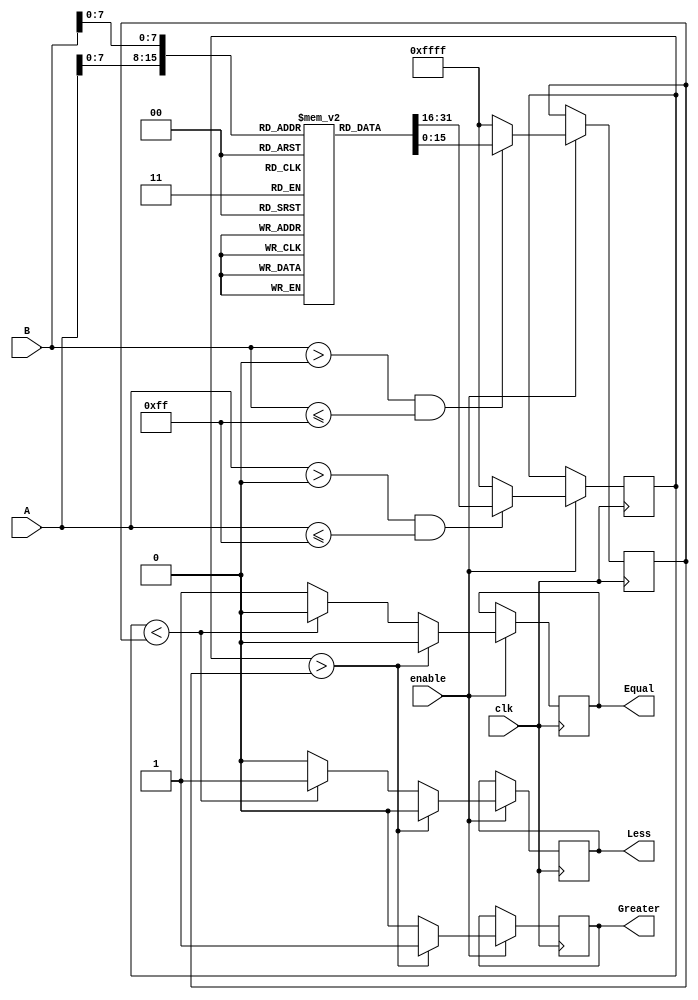
module LogarithmicComparator (
    input wire [15:0] A,       // 16-bit input A
    input wire [15:0] B,       // 16-bit input B
    input wire clk,            // Clock signal
    input wire enable,         // Enable signal for comparator
    output reg Greater,        // Output: A > B
    output reg Less,           // Output: A < B
    output reg Equal           // Output: A == B
);

// Logarithm lookup table (for demonstration purposes)
reg [15:0] log_table [0:255]; // Assume input values range from 0 to 255

initial begin
    // Initialize the log_table with logarithm values (base 2 for example)
    // This should be pre-computed or calculated
    // log_table[0] = undefined (or some error value)
    // Fill in values for log_table[1] to log_table[255]
    // For example:
    log_table[1] = 16'd0;  // log2(1) = 0
    log_table[2] = 16'd1;  // log2(2) = 1
    // ... Fill in other values ...
    log_table[255] = 16'd8; // log2(255) ~ 8
end

// Internal signals for logarithmic values
reg [15:0] log_A;
reg [15:0] log_B;

// Logarithmic transformation process
always @(posedge clk) begin
    if (enable) begin
        // Assuming A and B are in the range of 0 to 255
        log_A <= (A > 0 && A <= 255) ? log_table[A] : 16'hFFFF; // Error value for invalid inputs
        log_B <= (B > 0 && B <= 255) ? log_table[B] : 16'hFFFF; // Error value for invalid inputs

        // Comparison logic
        if (log_A > log_B) begin
            Greater <= 1'b1;
            Less <= 1'b0;
            Equal <= 1'b0;
        end else if (log_A < log_B) begin
            Greater <= 1'b0;
            Less <= 1'b1;
            Equal <= 1'b0;
        end else begin
            Greater <= 1'b0;
            Less <= 1'b0;
            Equal <= 1'b1;
        end
    end
end

endmodule